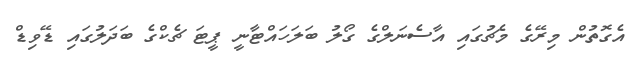
އެގޮތުން މިރޭގެ މެޗުގައި އާސެނަލްގެ ގޯލު ބަލަހައްޓާނީ ޕީޓަ ޗެކްގެ ބަދަލުގައި ޑޭވިޑް